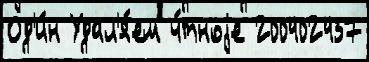
Од'и́н Удал'я́ем ч́тноjе 200402437